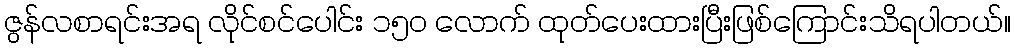
ဇွန်လစာရင်းအရ လိုင်စင်ပေါင်း ၁၅၀ လောက် ထုတ်ပေးထားပြီးဖြစ်ကြောင်းသိရပါတယ်။